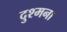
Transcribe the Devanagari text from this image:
दुश्मना